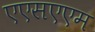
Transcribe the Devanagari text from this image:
एएसएएम